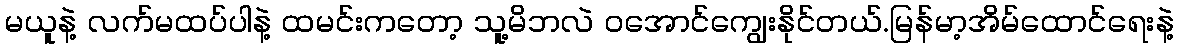
မယူနဲ့ လက်မထပ်ပါနဲ့ ထမင်းကတော့ သူ့မိဘလဲ ဝအောင်ကျွေးနိုင်တယ်.မြန်မာ့အိမ်ထောင်ရေးနဲ့